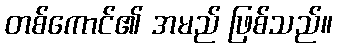
တစ်ကောင်၏ အမည် ဖြစ်သည်။